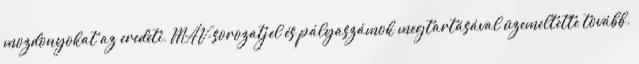
mozdonyokat az eredeti, MÁV-sorozatjel és pályaszámok megtartásával üzemeltette tovább.